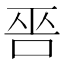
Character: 𠳄